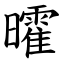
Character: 曤